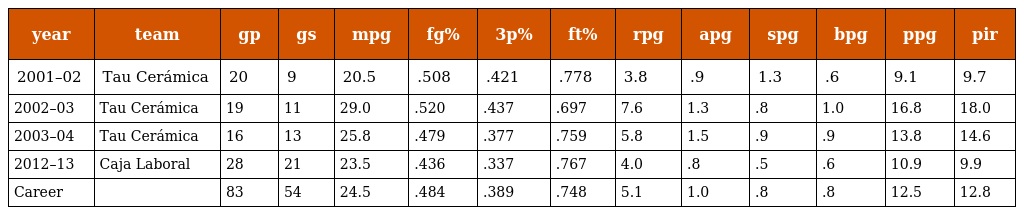
| year | team | gp | gs | mpg | fg% | 3p% | ft% | rpg | apg | spg | bpg | ppg | pir |
 | --- | --- | --- | --- | --- | --- | --- | --- | --- | --- | --- | --- | --- | --- |
 | 2001–02 | Tau Cerámica | 20 | 9 | 20.5 | .508 | .421 | .778 | 3.8 | .9 | 1.3 | .6 | 9.1 | 9.7 |
 | 2002–03 | Tau Cerámica | 19 | 11 | 29.0 | .520 | .437 | .697 | 7.6 | 1.3 | .8 | 1.0 | 16.8 | 18.0 |
 | 2003–04 | Tau Cerámica | 16 | 13 | 25.8 | .479 | .377 | .759 | 5.8 | 1.5 | .9 | .9 | 13.8 | 14.6 |
 | 2012–13 | Caja Laboral | 28 | 21 | 23.5 | .436 | .337 | .767 | 4.0 | .8 | .5 | .6 | 10.9 | 9.9 |
 | Career |  | 83 | 54 | 24.5 | .484 | .389 | .748 | 5.1 | 1.0 | .8 | .8 | 12.5 | 12.8 |